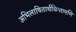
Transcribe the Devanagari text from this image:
अभिलाषितार्थचिन्तामणि